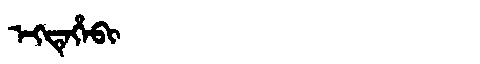
Manchu: ᡝᡴᡨᡝᡥᡝᠪᡳ
Romanization: EKTEHEBI